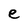
Character: e